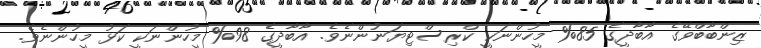
ޒިންބާބްވޭގެ އާބާދީގެ 85% މީހުންނަކީ ކްރިސްޓިޔަނުންނެވެ. އާބާދީގެ 98% މީހުންނަކީ ކަޅު މީހުންނެވެ.